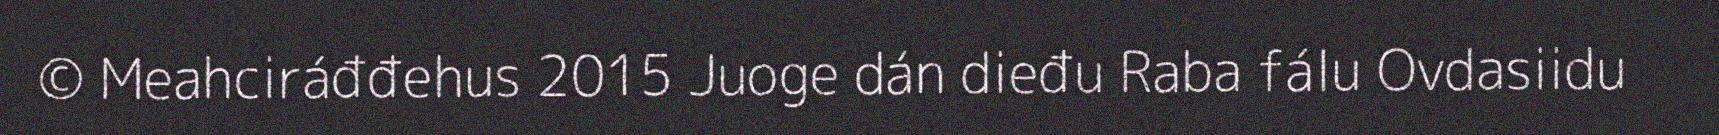
© Meahciráđđehus 2015 Juoge dán dieđu Raba fálu Ovdasiidu